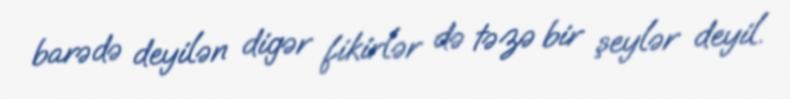
barədə deyilən digər fikirlər də təzə bir şeylər deyil.